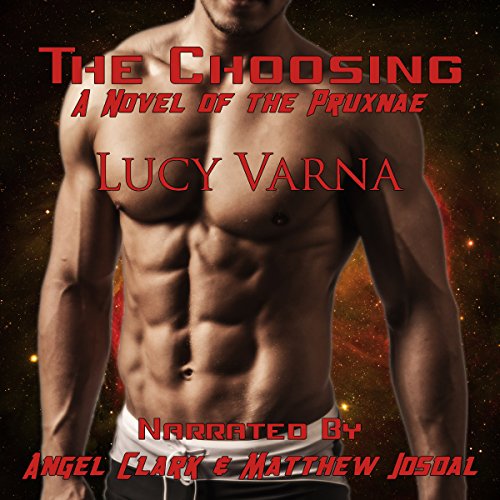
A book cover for The Choosing: The Pruxnae Book 1; Lucy Varna; Romance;